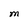
Character: M